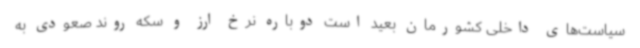
سیاست‌های داخلی کشورمان بعید است دوباره نرخ ارز و سکه روند صعودی به